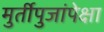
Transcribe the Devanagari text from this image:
मुर्तीपुजांपेक्षा